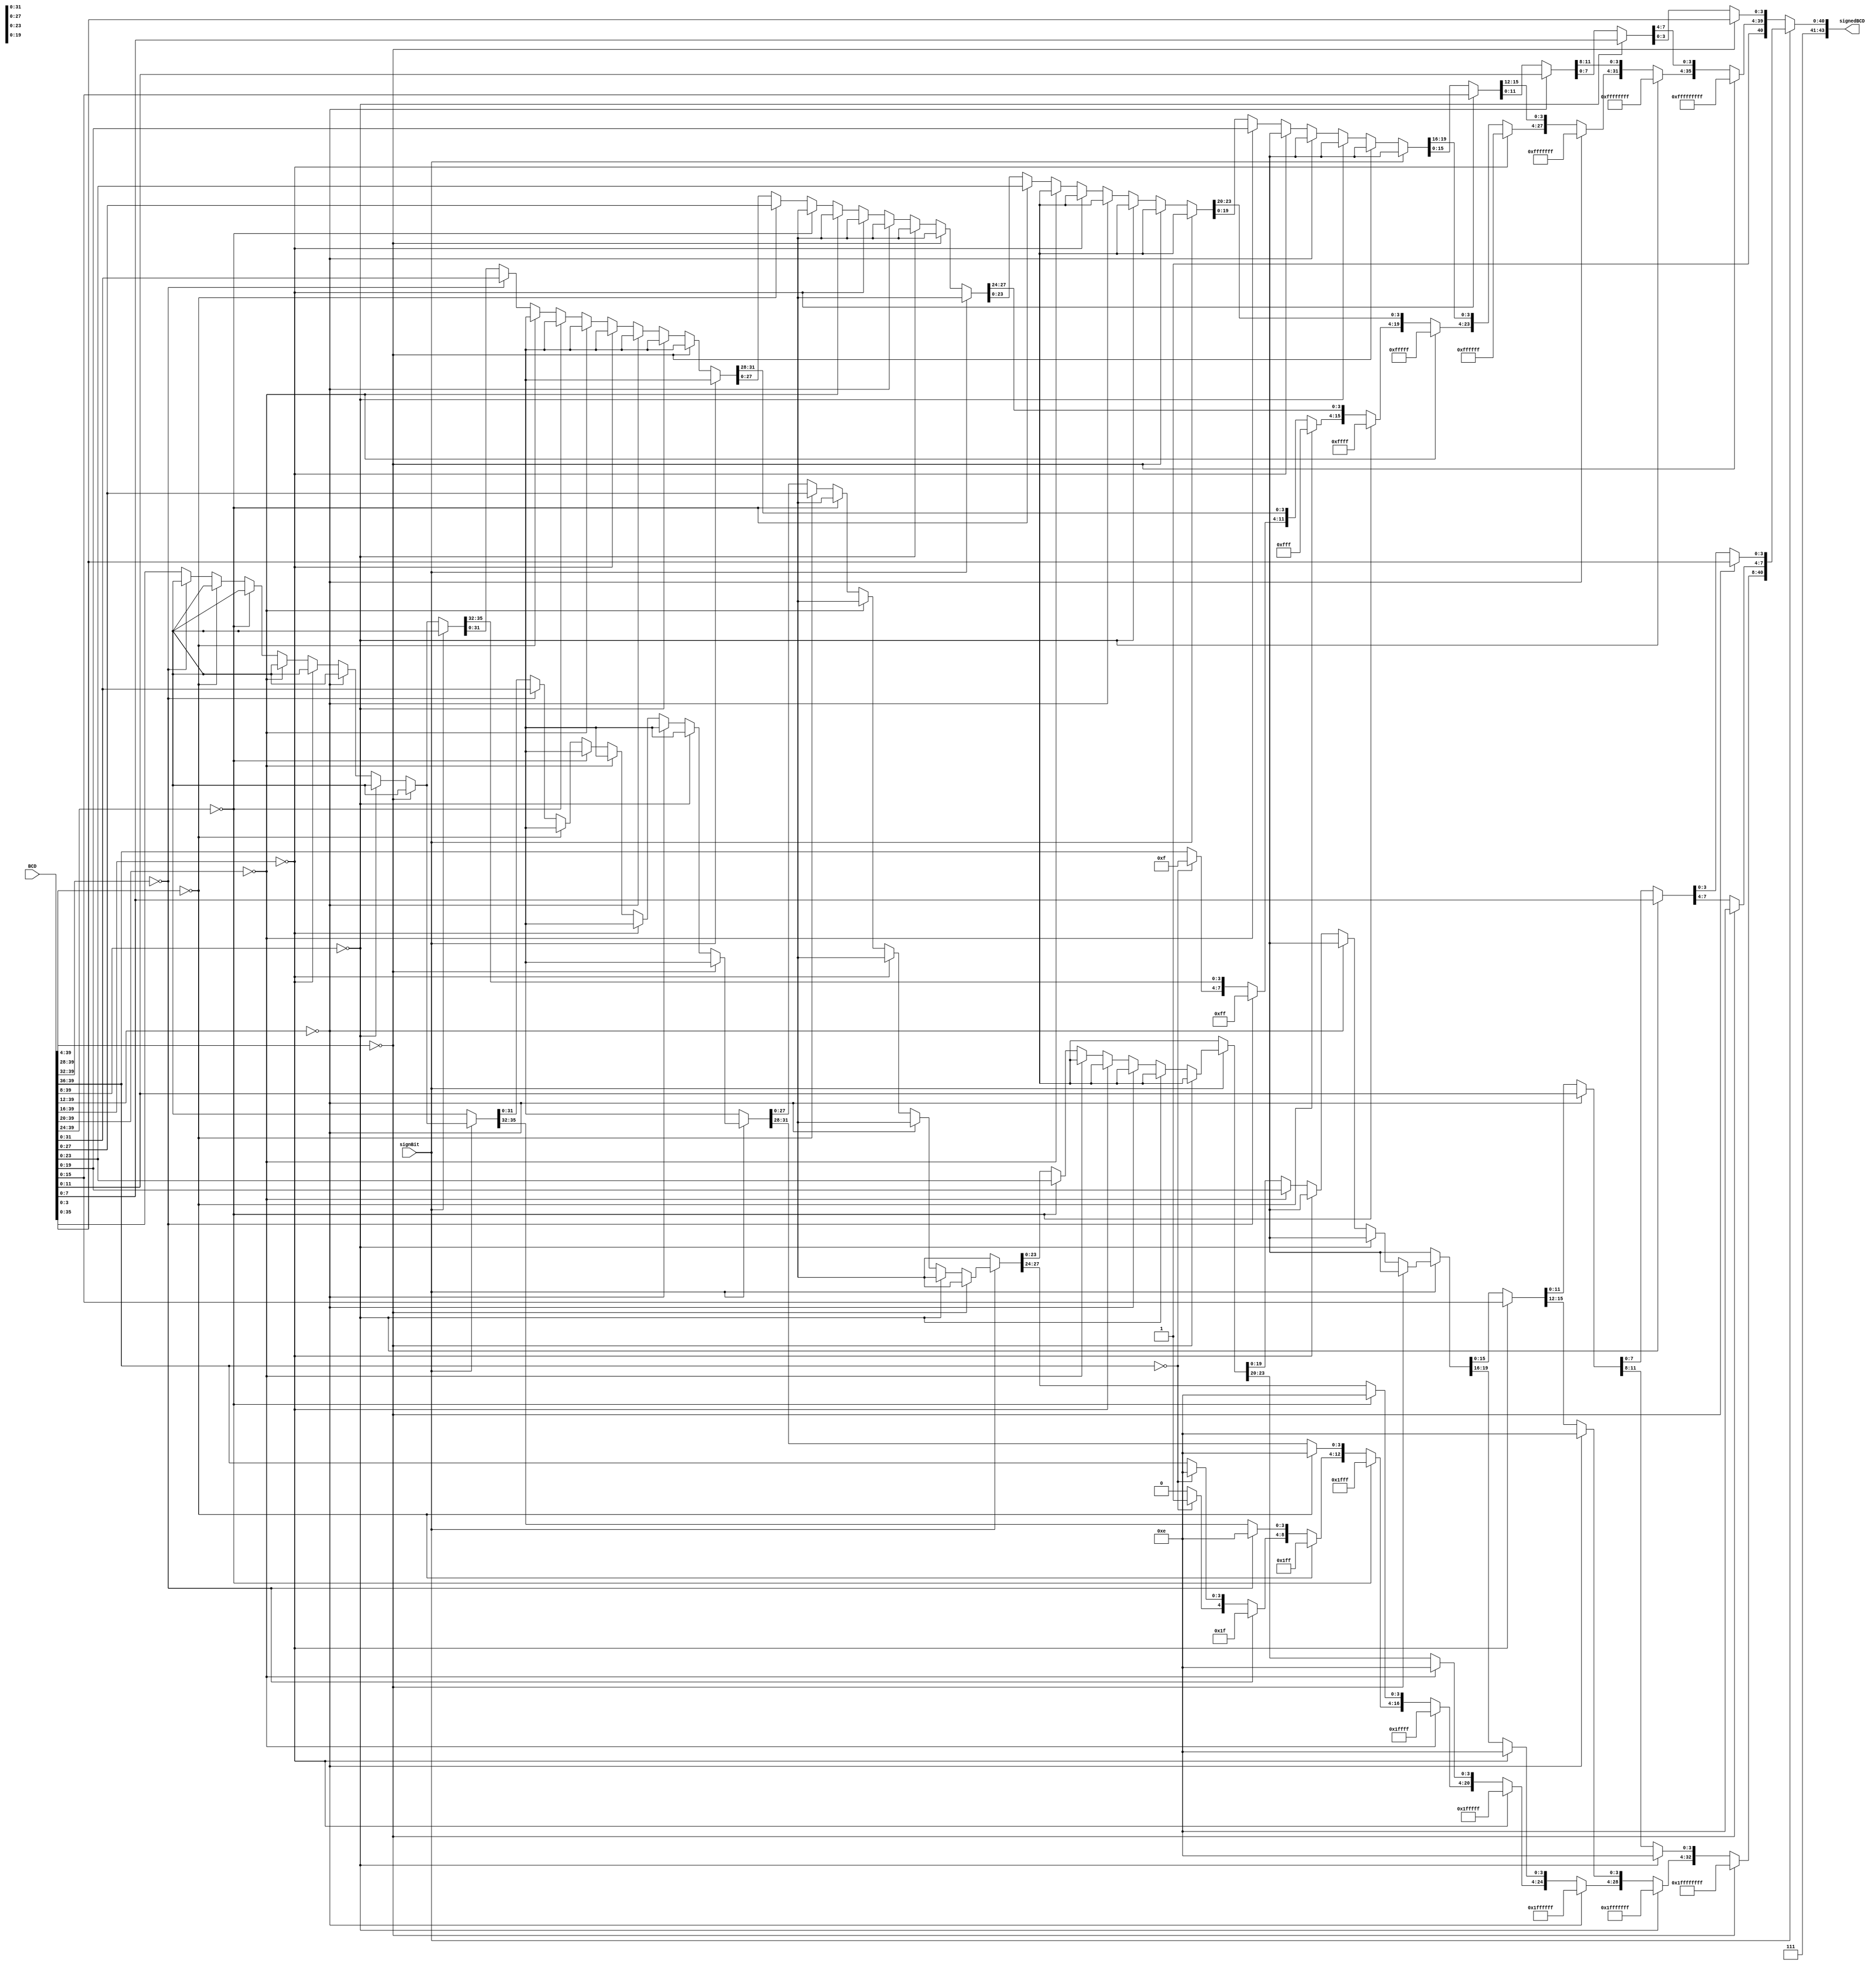
module SignPlace
(
	input signBit,
	input [39:0] BCD,
	output reg [43:0] signedBCD
);

always @(signBit, BCD)
	if (signBit==1'b1) begin
		if (BCD[39:4]==36'd0) begin
			signedBCD[3:0] = BCD[3:0];
			signedBCD[7:4] = 4'he;
			signedBCD[43:8] = 36'hfffffffff;
		end
		
		else if (BCD[39:8]==32'd0) begin
			signedBCD[7:0] = BCD[7:0];
			signedBCD[11:8] = 4'he;
			signedBCD[43:12] = 32'hffffffff;
		end
		
		else if (BCD[39:12]==28'd0) begin
			signedBCD[11:0] = BCD[11:0];
			signedBCD[15:12] = 4'he;
			signedBCD[43:16] = 28'hfffffff;
		end
		
		else if (BCD[39:16]==24'd0) begin
			signedBCD[15:0] = BCD[15:0];
			signedBCD[19:16] = 4'he;
			signedBCD[43:20] = 24'hffffff;
		end
		
		else if (BCD[39:20]==20'd0) begin
			signedBCD[19:0] = BCD[19:0];
			signedBCD[23:20] = 4'he;
			signedBCD[43:24] = 20'hfffff;
		end
		
		else if (BCD[39:24]==16'd0) begin
			signedBCD[23:0] = BCD[23:0];
			signedBCD[27:24] = 4'he;
			signedBCD[43:28] = 16'hffff;
		end
		
		else if (BCD[39:28]==12'd0) begin
			signedBCD[27:0] = BCD[27:0];
			signedBCD[31:28] = 4'he;
			signedBCD[43:32] = 12'hfff;
		end
		
		else if (BCD[39:32]==8'd0) begin
			signedBCD[31:0] = BCD[31:0];
			signedBCD[35:32] = 4'he;
			signedBCD[43:36] = 8'hff;
		end
		
		else if (BCD[39:36]==4'd0) begin
			signedBCD[35:0] = BCD[35:0];
			signedBCD[39:36] = 4'he;
			signedBCD[43:40] = 4'hf;
		end
		
		else begin
			signedBCD[39:0] = BCD[39:0];
			signedBCD[43:40] = 4'he;
		end
	end
	
	else begin
	
		if (BCD[39:4]==36'd0) begin
			signedBCD[3:0] = BCD[3:0];
			signedBCD[43:4] = 40'hffffffffff;
		end
		
		else if (BCD[39:8]==32'd0) begin
			signedBCD[7:0] = BCD[7:0];
			signedBCD[43:8] = 36'hfffffffff;
		end
		
		else if (BCD[39:12]==28'd0) begin
			signedBCD[11:0] = BCD[11:0];
			signedBCD[43:12] = 32'hffffffff;
		end
		
		else if (BCD[39:16]==24'd0) begin
			signedBCD[15:0] = BCD[15:0];
			signedBCD[43:16] = 28'hfffffff;
		end
		
		else if (BCD[39:20]==20'd0) begin
			signedBCD[19:0] = BCD[19:0];
			signedBCD[43:20] = 24'hffffff;
		end
		
		else if (BCD[39:24]==16'd0) begin
			signedBCD[23:0] = BCD[23:0];
			signedBCD[43:24] = 20'hfffff;
		end
		
		else if (BCD[39:28]==12'd0) begin
			signedBCD[27:0] = BCD[27:0];
			signedBCD[43:28] = 16'hffff;
		end
		
		else if (BCD[39:32]==8'd0) begin
			signedBCD[31:0] = BCD[31:0];
			signedBCD[43:32] = 12'hfff;
		end
		
		else if (BCD[39:36]==4'd0) begin
			signedBCD[35:0] = BCD[35:0];
			signedBCD[43:36] = 8'hff;
		end
		
		else begin
			signedBCD[39:0] = BCD[39:0];
			signedBCD[43:40] = 4'hf;
		end
	end
endmodule